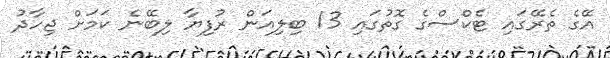
އޭގެ ތެރޭގައި ޓެކްސްގެ ގޮތުގައި 13 ބިލިއަން ރުފިޔާ ލިބޭނެ ކަމަށް ޖިހާދު